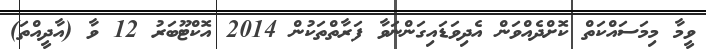
ވީމާ މިމަސައްކަތް ކޮށްދެއްވަން އެދިވަޑައިގަންނަވާ ފަރާތްތަކުން 2014 އޮކްޓޫބަރު 12 ވާ (އާދީއްތަ)